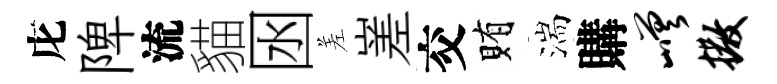
庀陴流貓囦差嵳交賄湍購嵯撒